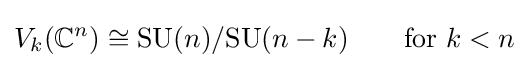
V_{k}(\mathbb {C} ^{n})\cong {\mbox{SU}}(n)/{\mbox{SU}}(n-k)\qquad {\mbox{for }}k<n